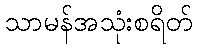
သာမန်အသုံးစရိတ်